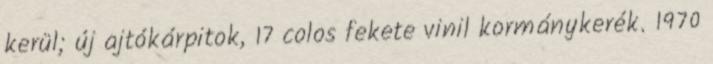
kerül; új ajtókárpitok, 17 colos fekete vinil kormánykerék. 1970